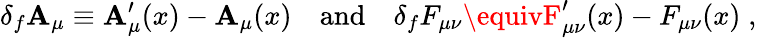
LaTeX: \delta_{f}\mathbf{A}_{\mu}\equiv\mathbf{A}_{\mu}^{\prime}(x)-\mathbf{A}_{\mu}(x)\quad\mathrm{{and}}\quad\delta_{f}F_{\mu\nu}\equivF_{\mu\nu}^{\prime}(x)-F_{\mu\nu}(x)\; ,